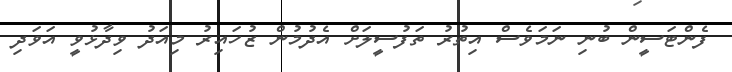
ފެންޓަސީން ބުނި ނަމަވެސް އިތުރު ތަފުސީލަށް އެދުމުން ޒުހައިރު މިއަދު ވިދާޅުވީ އަވަދި